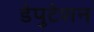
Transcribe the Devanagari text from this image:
डेपुटेशन